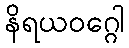
နိရယဝဂ္ဂေါ